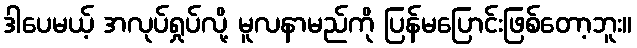
ဒါပေမယ့် အလုပ်ရှုပ်လို့ မူလနာမည်ကို ပြန်မပြောင်းဖြစ်တော့ဘူး။